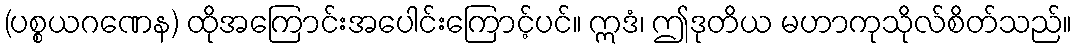
(ပစ္စယဂဏေန) ထိုအကြောင်းအပေါင်းကြောင့်ပင်။ ဣဒံ၊ ဤဒုတိယ မဟာကုသိုလ်စိတ်သည်။